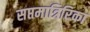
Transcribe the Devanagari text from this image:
सप्तमात्रिरिका